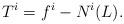
LaTeX: \begin{align*}T^i= f^i - N^i (L). \end{align*}